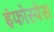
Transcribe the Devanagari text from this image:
इंफोस्पेस